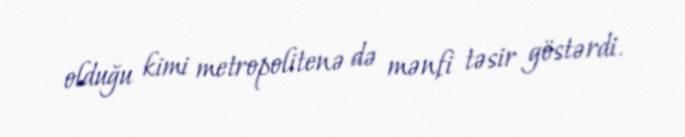
olduğu kimi metropolitenə də mənfi təsir göstərdi.